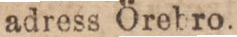
adress Örebro.